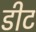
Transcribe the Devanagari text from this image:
डीट